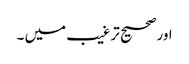
اورصحیح ترغیب میں ۔